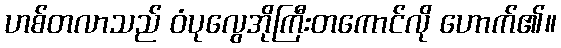
ဟစ်တလာသည် ဝံပုလွေအိုကြီးတကောင်လို ဟောက်၏။